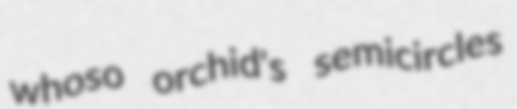
whoso orchid's semicircles